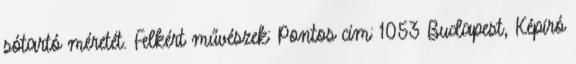
sótartó méretét. Felkért művészek: Pontos cím: 1053 Budapest, Képíró